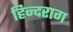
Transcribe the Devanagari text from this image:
हिन्दराग